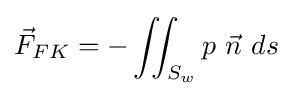
{\vec {F}}_{FK}=-\iint _{S_{w}}p~{\vec {n}}~ds